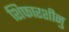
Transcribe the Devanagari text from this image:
शिफारशीनु